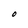
Character: O